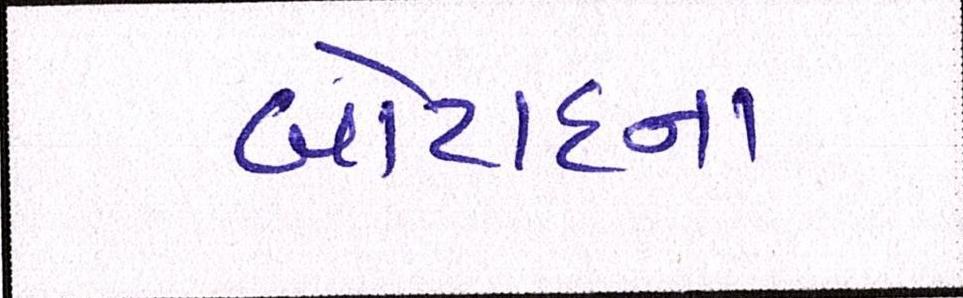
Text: બોટાદના